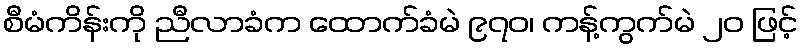
စီမံကိန်းကို ညီလာခံက ထောက်ခံမဲ ၉၇၀၊ ကန့်ကွက်မဲ ၂၀ ဖြင့်